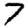
Digit: 7